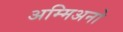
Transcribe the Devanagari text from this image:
अम्मिअनो